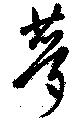
夢